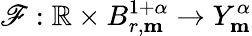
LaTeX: \mathscr{F}:\mathbb{R}\times B_{r,\mathbf{m}}^{1+\alpha}\rightarrow Y_{\mathbf{m}}^{\alpha}